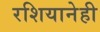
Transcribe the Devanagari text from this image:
रशियानेही